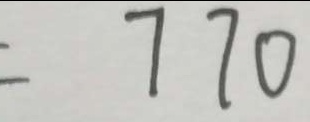
= 7 7 0